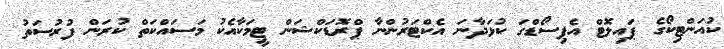
ކުއަންޓިކޯގެ ޕައިލޮޓް އެޕިސޯޑްގަ ކުޅަދާނަ އެކްޓަރުންނާ ޕްރޮޑަކްޝަން ޓީމަކާއެކު މަސައްކަތް ކުރަން ފުރުސަތު